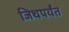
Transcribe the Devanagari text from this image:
जिथपर्यंत